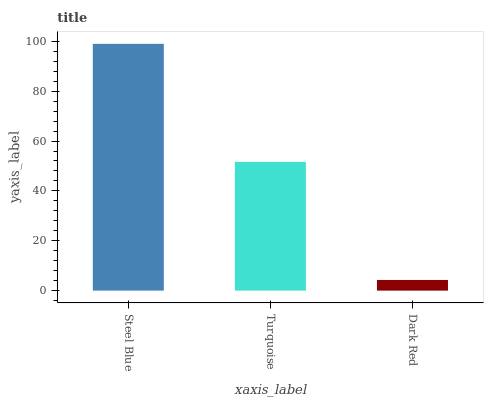
| xaxis_label | bars |
 | --- | --- |
 | Steel Blue | 99 |
 | Turquoise | 51.6 |
 | Dark Red | 4.27 |